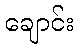
ချောင်း